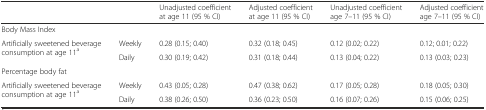
<table><thead><tr><td></td><td></td><td><b>Unadjusted coefficient at age 11 (95 % CI)</b></td><td><b>Adjusted coefficient at age 11 (95 % CI)</b></td><td><b>Unadjusted coefficient age 7–11 (95 % CI)</b></td><td><b>Adjusted coefficient age 7–11 (95 % CI)</b></td></tr></thead><tbody><tr><td colspan="6">Body Mass Index</td></tr><tr><td rowspan="2">Artificially sweetened beverage consumption at age 11<sup>a</sup></td><td>Weekly</td><td>0.28 (0.15; 0.40)</td><td>0.32 (0.18; 0.45)</td><td>0.12 (0.02; 0.22)</td><td>0.12; 0.01; 0.22)</td></tr><tr><td>Daily</td><td>0.30 (0.19; 0.42)</td><td>0.31 (0.18; 0.44)</td><td>0.13 (0.04; 0.22)</td><td>0.13 (0.03; 0.23)</td></tr><tr><td colspan="6">Percentage body fat</td></tr><tr><td rowspan="2">Artificially sweetened beverage consumption at age 11<sup>a</sup></td><td>Weekly</td><td>0.43 (0.05; 0.28)</td><td>0.47 (0.38; 0.62)</td><td>0.17 (0.05; 0.28)</td><td>0.18 (0.05; 0.30)</td></tr><tr><td>Daily</td><td>0.38 (0.26; 0.50)</td><td>0.36 (0.23; 0.50)</td><td>0.16 (0.07; 0.26)</td><td>0.15 (0.06; 0.25)</td></tr></tbody></table>